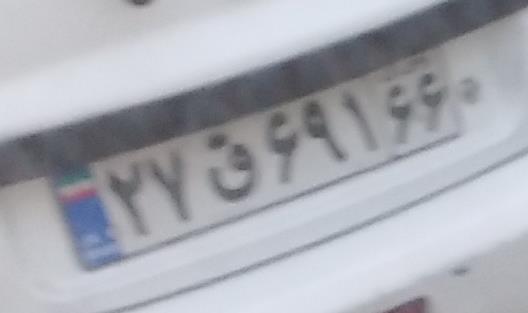
۲۷ق۶۹۱۶۶